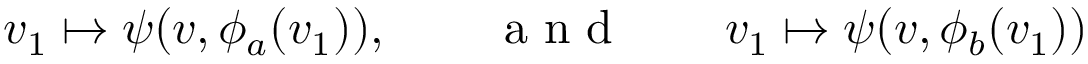
v _ { 1 } \mapsto \psi ( v , \phi _ { a } ( v _ { 1 } ) ) , \qquad \mathrm { ~ a ~ n ~ d ~ } \qquad v _ { 1 } \mapsto \psi ( v , \phi _ { b } ( v _ { 1 } ) )